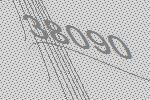
38090